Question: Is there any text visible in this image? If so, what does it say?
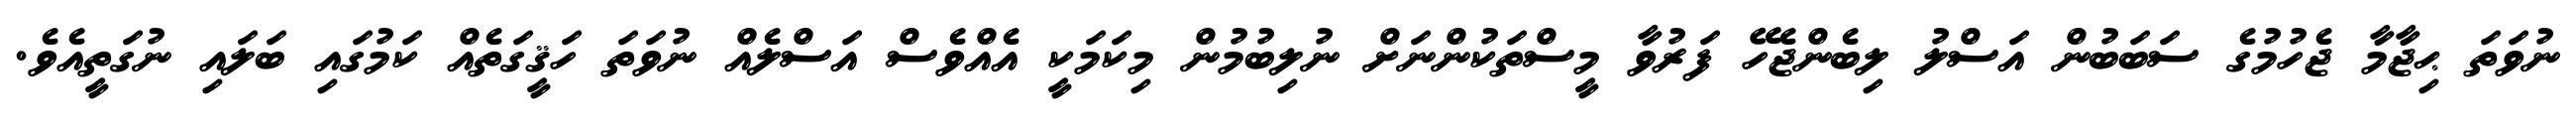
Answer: ނުވަތަ ޙިޖާމާ ޖެހުމުގެ ސަބަބުން އަސްލު ލިބެންޖެހޭ ފަރުވާ މީސްތަކުންނަށް ނުލިބުމުން މިކަމަކީ އެއްވެސް އަސްލެއް ނުވަތަ ހަޤީގަތެއް ކަމުގައި ބަލައި ނުގަތީއެވެ.